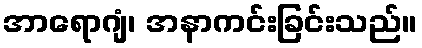
အာရောဂျံ၊ အနာကင်းခြင်းသည်။